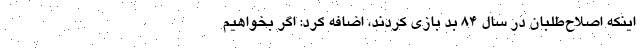
اینکه اصلاح‌طلبان در سال ۸۴ بد بازی کردند، اضافه کرد: اگر بخواهیم